Lunatic asylums Central Provinces reports 1895-1909 - 1895-1909
Year: 1895
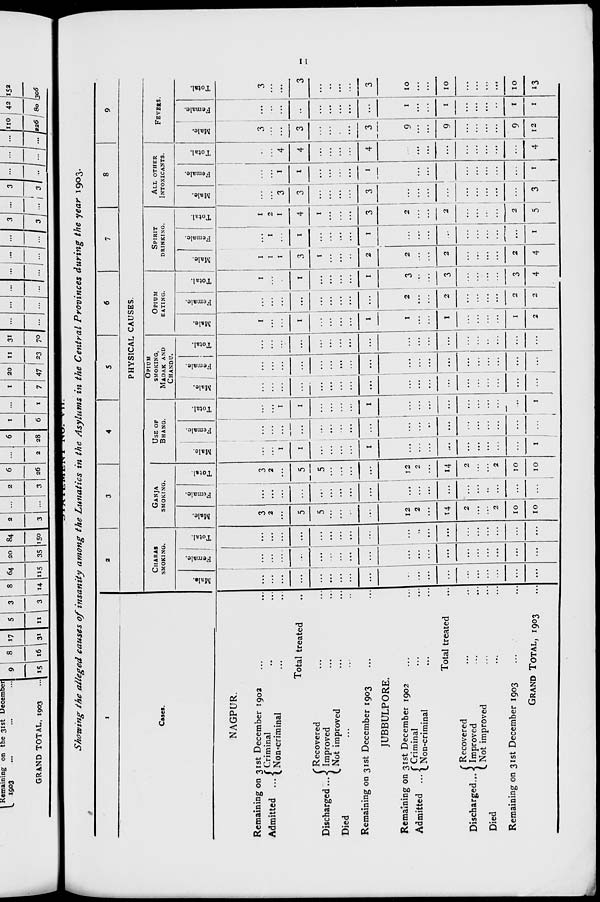
11
STATEMENT No.
VII.
Showing the alleged causes of insanity among the Lunatics in the Asylums in the Central Provinces during the year 1903.
1
Cases.
NAGPUR.
Remaining on 31st December 1902 ... ...
Admitted ... Criminal ... ...
Non-criminal ... ...
Total treated ...
Discharged ...
Recovered ... ...
Improved ... ...
Not improved ... ...
Died ... ... ...
Remaining on 31st December 1903 ... ...
JUBBULPORE.
Remaining on 31st December 1902 ... ...
Admitted ... Criminal
...
...
Non-criminal ... ...
Total treated ...
Discharged ...
Recovered ... ...
Improved ... ...
Not improved ... ...
Died ... ...
Remaining on 31st December 1903 ...
GRAND TOTAL, 1903 ...
2
3
4
5
6
7
8
9
PHYSICAL CAUSES.
CHARAS
SMOKING.
Male.
...
...
...
...
...
...
...
...
...
...
...
...
... ...
...
...
...
...
...
Female.
...
...
...
...
...
...
...
...
...
...
...
...
...
...
...
...
...
...
...
Total.
...
...
...
...
...
...
...
...
...
...
...
...
...
...
...
...
...
...
...
GANJA
SMOKING.
Male.
3
2
...
5
5
...
...
...
...
12
2
...
14
2
...
...
2
10
10
Female.
...
...
...
...
...
...
...
...
...
...
...
...
...
...
...
...
...
...
...
Total.
3
2
...
5
5
...
...
...
...
12
2
...
14
2
...
...
2
10
10
USE OF
BHANG.
Male.
...
...
1
1
...
...
...
...
1
...
...
...
...
...
...
...
...
...
1
Female.
...
...
...
...
...
...
...
...
...
...
...
...
...
...
...
...
...
...
...
Total.
...
...
1
1
...
...
...
...
1
...
...
...
...
...
...
...
...
...
1
OPIUM
SMOKING,
MADAK AND
CHANDU.
Male.
...
...
...
...
...
...
...
...
...
...
...
...
...
...
...
...
...
...
...
Female.
...
...
...
...
...
...
...
...
...
...
...
...
...
...
...
...
...
...
...
Total.
...
...
...
...
...
...
...
...
...
...
...
...
...
...
...
...
...
...
...
OPIUM
EATING.
Male.
1 ...
...
1
...
...
...
...
1
1
...
...
1
...
...
...
...
1
2
Female.
...
...
...
...
...
...
...
...
...
2
...
...
2
...
...
...
...
2
2
Total.
1
...
...
1
...
...
...
...
1
3
...
...
3
...
...
...
...
3
4
SPIRIT
DRINKING.
Male.
1
1
1
3
1
...
...
...
2
2
...
...
2
...
...
...
...
2
4
Female.
...
1
...
1
...
...
...
...
1
...
...
...
...
...
...
...
...
...
1
Total.
1
2
1
4
1
...
...
...
3
2
...
...
2
...
...
...
...
2
5
ALL OTHER
INTOXICANTS.
Male.
...
...
3
3
...
...
...
...
3
...
...
...
...
...
...
...
...
...
3
Female.
...
...
1
1
...
...
...
...
1
...
...
...
...
...
...
...
...
...
1
Total.
...
...
4
4
...
...
...
...
4
...
...
...
...
...
...
...
...
...
4
FEVERS.
Male.
3
...
...
3
...
...
...
...
3
9
...
...
9
...
...
...
...
9
12
Female.
...
...
...
...
...
...
...
...
...
1
...
...
1
...
...
...
...
1
1
Total.
3
...
...
3
...
...
...
...
3
10
...
...
10
...
...
...
...
10
13